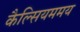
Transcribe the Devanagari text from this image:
कैल्सियममय